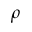
\rho